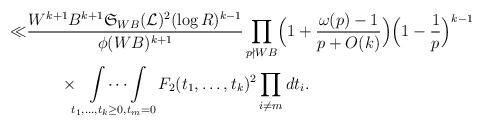
LaTeX: \begin{align*}\ll &\frac{ W^{k+1}B^{k+1} \mathfrak{S}_{WB}(\mathcal{L})^2 (\log{R})^{k-1}}{ \phi(WB)^{k+1}}\prod_{p\nmid WB}\Bigl(1+\frac{\omega(p)-1}{p+O(k)}\Bigr)\Bigl(1-\frac{1}{p}\Bigr)^{k-1}\\&\qquad\times \idotsint\limits_{t_1,\dots,t_k\ge 0, t_m=0}F_2(t_1,\dots,t_k)^2\prod_{i\ne m}dt_i.\end{align*}